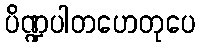
ပိဏ္ဍပါတဟေတုပေ